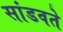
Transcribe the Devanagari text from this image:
सांडवते